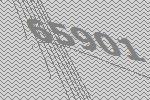
65901